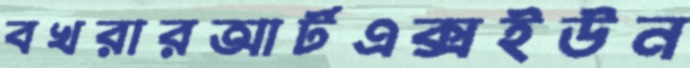
বখরারআর্টএক্সইউন